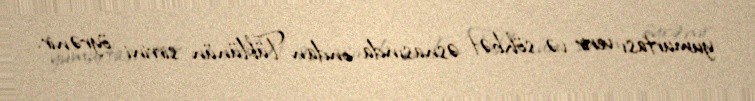
yumurtası verir və söhbət əsnasında ondan Tüklünün sirrini öyrənir.